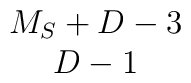
\begin{array}{c} M_S+D-3 \\ D-1 \end{array}